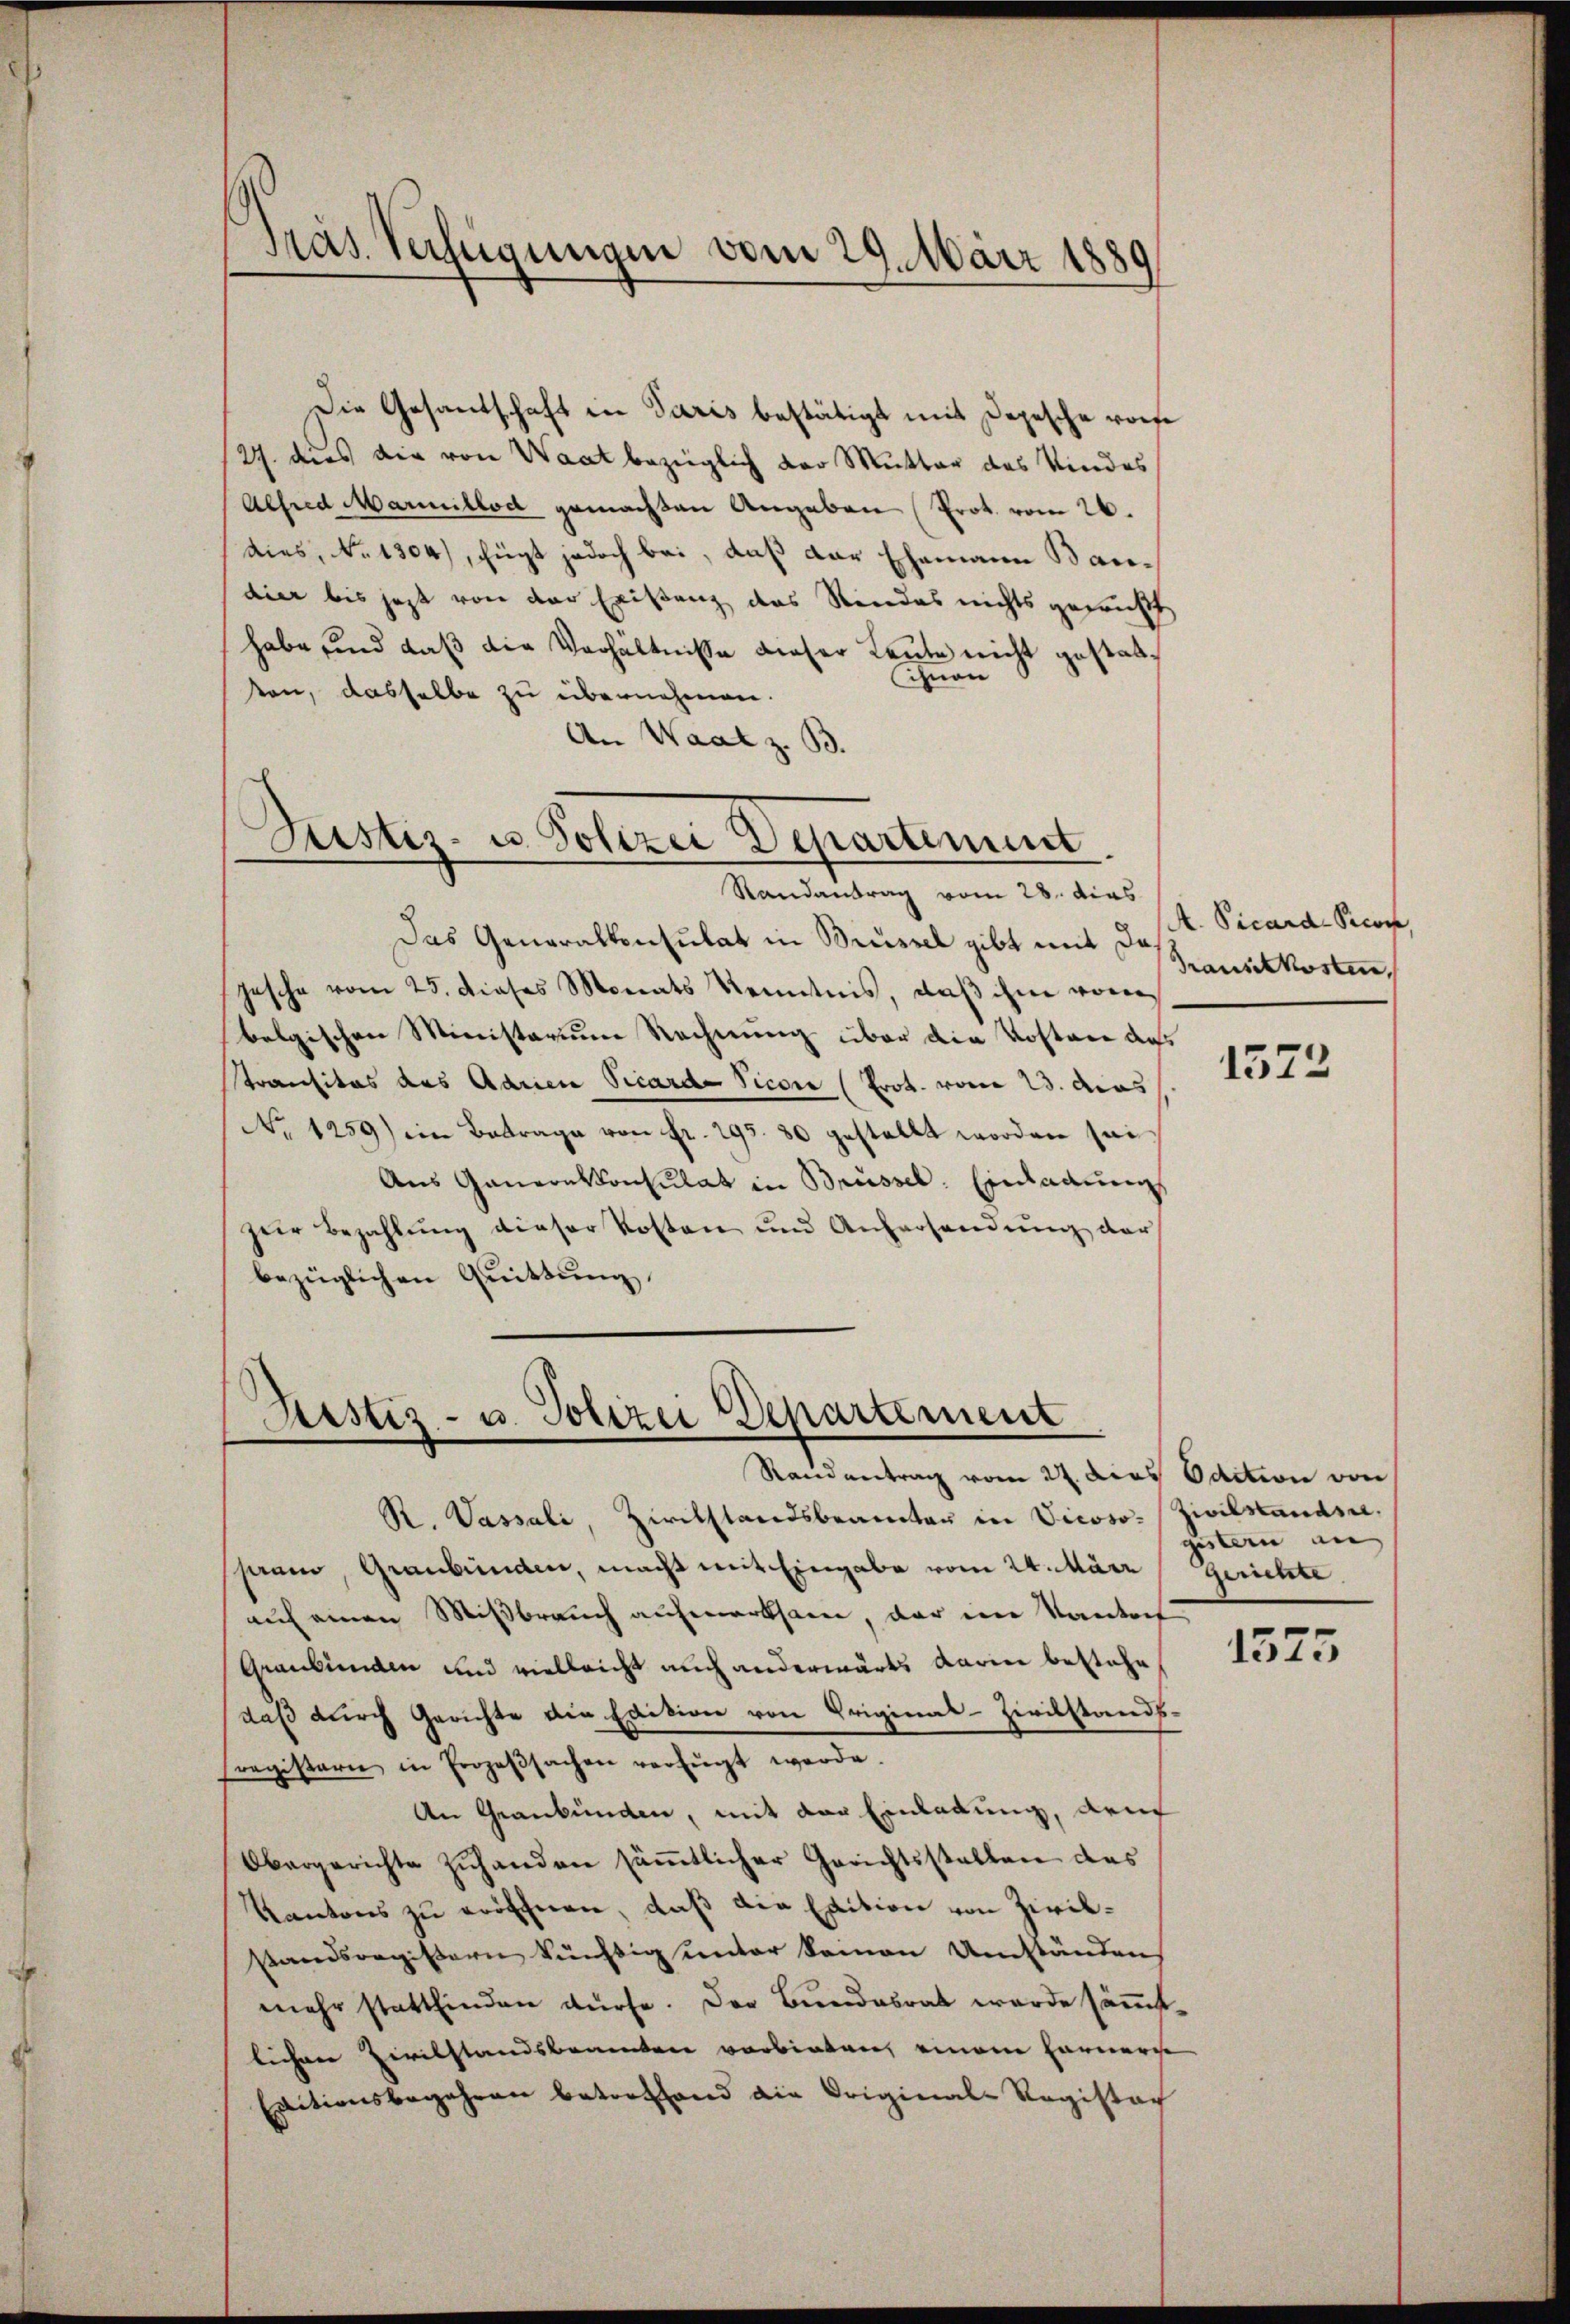
Pras Verfügungen vom 29. März 1889

Die Gesandschaft in Paris bestätigt mit Depesche vorte
2. dies die von Waat bezüglich der Mutter des Kindes
Alfred Marillod gemachten Angaben (Prot. vom 26.
dies, No 1304), fügt jedoch bei, daß der Ehemann Baudier bis jetzt von der Existanz das Rindes nichts geprüft
habe sind daß die Verhältnisse dieser Leute nicht gestattihnen
ten, dasselbe zu übernehmen.
An Waat z. B.

Justiz- u. Polizei Departement
Randantrag vom 28. dies

Das Generalkonsulat in Brüssel gibt mit Dajesche vom 25. dieses Monats Kenntnis, daβ ihm von
belgischen Ministerium Rechnung über die Kostare das
transitas des Aarien Vicarde Picon (Prot. vom 23. das
No 1259) ein Betrage von Fr. 295. 30 gestellt worden sei¬
Aus Gauernkonsulat in Brüssel. Einladung
zeir Bezahlung dieser Kosten und Anfersendung der
bezüglichen Quittung

Restiz- u. Polizei Departement
Randantrag vom 27. dies Odition von

R. Vassali Zivilstandsbeamten in Vicoso Zivilstands,
ham, Graubünden, macht mit Eingabe vom 24. März (Gerichte
auf einen Mißbrauch aufmerksam, der im Kontret
Graubünden und vielleicht auch anderwärts darin bestehe
daß durch Gerichte die Edition von Original-Zivilstandsregistern in Prozeβsachen verfügt werde.
An Graubünden, mit der Einladung, den
Obergerichte zŭhanden säṁtlicher Gerichtsstatten das
Kantons zu eröffnen, daß die Edition von Zivilstandsregistern künftig unter kamen Umständen
mehr stattfinden dürfe. Der Bundesrat wurde sämmtlichen Civilstandsbeamten verbieten, einem Farnerse
Ertitionsbegehren betreffend die Original-Register

A. Vicard-Pecon
Trauskosten,

1572

gistern an

1575